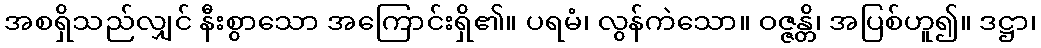
အစရှိသည်လျှင် နီးစွာသော အကြောင်းရှိ၏။ ပရမံ၊ လွန်ကဲသော။ ဝဇ္ဇန္တိ၊ အပြစ်ဟူ၍။ ဒဋ္ဌာ၊